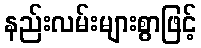
နည်းလမ်းများစွာဖြင့်